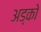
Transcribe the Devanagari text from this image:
अड्को